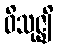
ဝိသုဇ္ဈိ